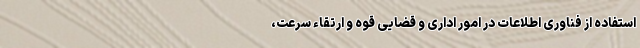
استفاده از فناوری اطلاعات در امور اداری و قضایی قوه و ارتقاء سرعت،